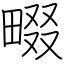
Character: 畷